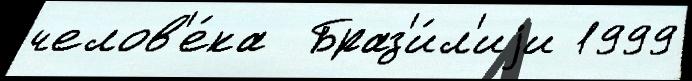
челов'е́ка  Браз'и́л'иjи 1999